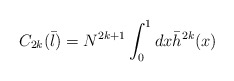
\begin{align*}C_{2k}({\bar l})=N^{2k+1}\int_{0}^{1}dx{\bar h}^{2k}(x)\end{align*}